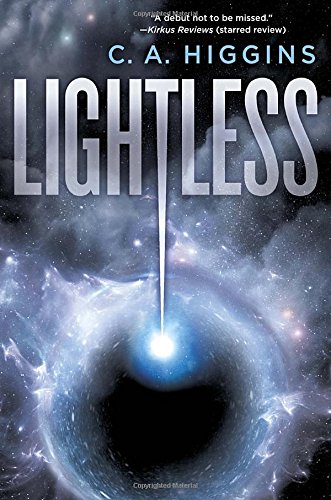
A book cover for Lightless; C.A. Higgins; Science Fiction & Fantasy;